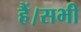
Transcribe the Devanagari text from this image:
हैं।सभी